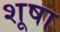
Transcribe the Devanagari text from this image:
शूषा